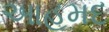
આહમદ